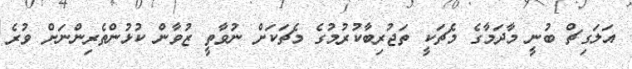
އަލަގިޗް ބުނީ މާދަމާގެ މެޗަކީ ތަޖުރިބާކުރުމުގެ މެޗަކަށް ނުވާތީ ޒުވާން ކުޅުންތެރިންނަށް ވުރެ